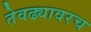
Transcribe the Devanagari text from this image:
तेवढ्यावरच